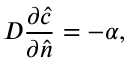
D \frac { \partial { \hat { c } } } { \partial { \hat { n } } } = - \alpha ,